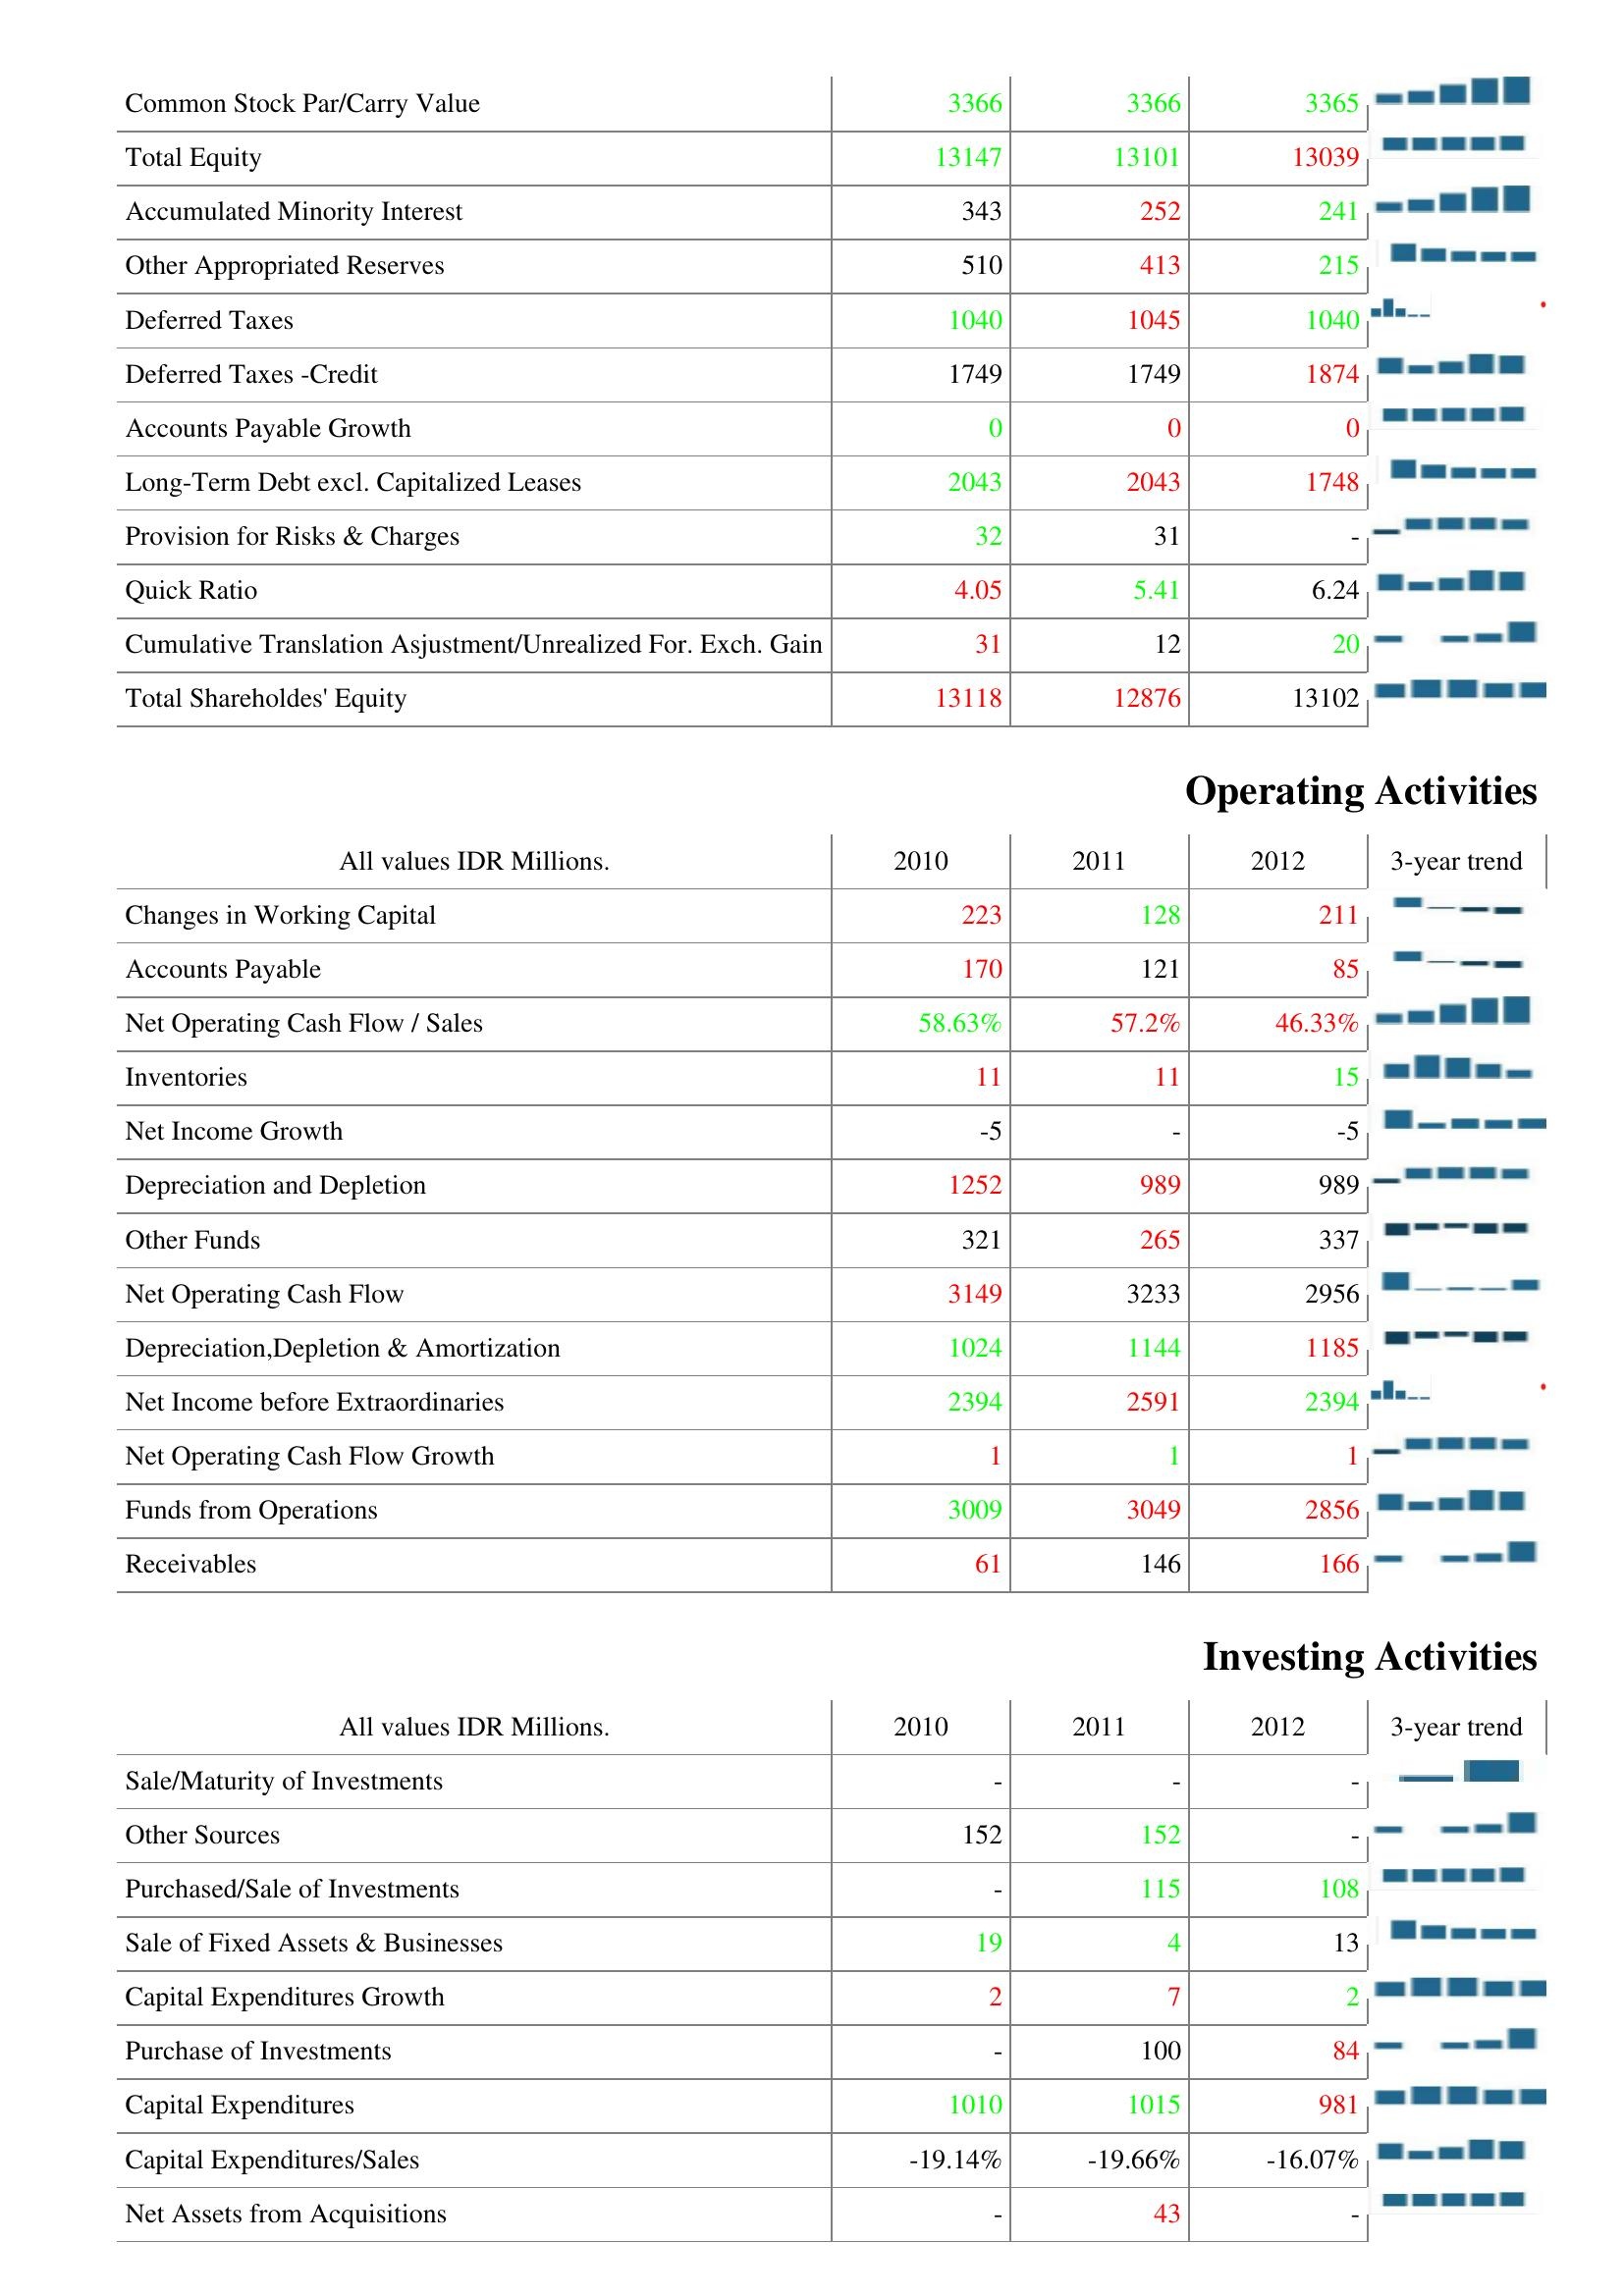
2010: Liabilities & Shareholder's Equity: Common Stock Par/Carry Value: 3366
Total Equity: 13147
Accumulated Minority Interest: 343
Other Appropriated Reserves: 510
Deferred Taxes: 1040
Deferred Taxes -Credit: 1749
Accounts Payable Growth: 0
Long-Term Debt excl. Capitalized Leases: 2043
Provision for Risks & Charges: 32
Quick Ratio: 4.05
Cumulative Translation Asjustment/Unrealized For. Exch. Gain: 31
Total Shareholdes' Equity: 13118
Operating Activities: Changes in Working Capital: 223
Accounts Payable: 170
Net Operating Cash Flow / Sales: 58.63%
Inventories: 11
Net Income Growth: -5
Depreciation and Depletion: 1252
Other Funds: 321
Net Operating Cash Flow: 3149
Depreciation,Depletion & Amortization: 1024
Net Income before Extraordinaries: 2394
Net Operating Cash Flow Growth: 1
Funds from Operations: 3009
Receivables: 61
Investing Activities: Sale/Maturity of Investments: -
Other Sources: 152
Purchased/Sale of Investments: -
Sale of Fixed Assets & Businesses: 19
Capital Expenditures Growth: 2
Purchase of Investments: -
Capital Expenditures: 1010
Capital Expenditures/Sales: -19.14%
Net Assets from Acquisitions: -
2011: Liabilities & Shareholder's Equity: Common Stock Par/Carry Value: 3366
Total Equity: 13101
Accumulated Minority Interest: 252
Other Appropriated Reserves: 413
Deferred Taxes: 1045
Deferred Taxes -Credit: 1749
Accounts Payable Growth: 0
Long-Term Debt excl. Capitalized Leases: 2043
Provision for Risks & Charges: 31
Quick Ratio: 5.41
Cumulative Translation Asjustment/Unrealized For. Exch. Gain: 12
Total Shareholdes' Equity: 12876
Operating Activities: Changes in Working Capital: 128
Accounts Payable: 121
Net Operating Cash Flow / Sales: 57.2%
Inventories: 11
Net Income Growth: -
Depreciation and Depletion: 989
Other Funds: 265
Net Operating Cash Flow: 3233
Depreciation,Depletion & Amortization: 1144
Net Income before Extraordinaries: 2591
Net Operating Cash Flow Growth: 1
Funds from Operations: 3049
Receivables: 146
Investing Activities: Sale/Maturity of Investments: -
Other Sources: 152
Purchased/Sale of Investments: 115
Sale of Fixed Assets & Businesses: 4
Capital Expenditures Growth: 7
Purchase of Investments: 100
Capital Expenditures: 1015
Capital Expenditures/Sales: -19.66%
Net Assets from Acquisitions: 43
2012: Liabilities & Shareholder's Equity: Common Stock Par/Carry Value: 3365
Total Equity: 13039
Accumulated Minority Interest: 241
Other Appropriated Reserves: 215
Deferred Taxes: 1040
Deferred Taxes -Credit: 1874
Accounts Payable Growth: 0
Long-Term Debt excl. Capitalized Leases: 1748
Provision for Risks & Charges: -
Quick Ratio: 6.24
Cumulative Translation Asjustment/Unrealized For. Exch. Gain: 20
Total Shareholdes' Equity: 13102
Operating Activities: Changes in Working Capital: 211
Accounts Payable: 85
Net Operating Cash Flow / Sales: 46.33%
Inventories: 15
Net Income Growth: -5
Depreciation and Depletion: 989
Other Funds: 337
Net Operating Cash Flow: 2956
Depreciation,Depletion & Amortization: 1185
Net Income before Extraordinaries: 2394
Net Operating Cash Flow Growth: 1
Funds from Operations: 2856
Receivables: 166
Investing Activities: Sale/Maturity of Investments: -
Other Sources: -
Purchased/Sale of Investments: 108
Sale of Fixed Assets & Businesses: 13
Capital Expenditures Growth: 2
Purchase of Investments: 84
Capital Expenditures: 981
Capital Expenditures/Sales: -16.07%
Net Assets from Acquisitions: -